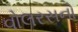
વોલરસનો